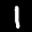
Label: 1